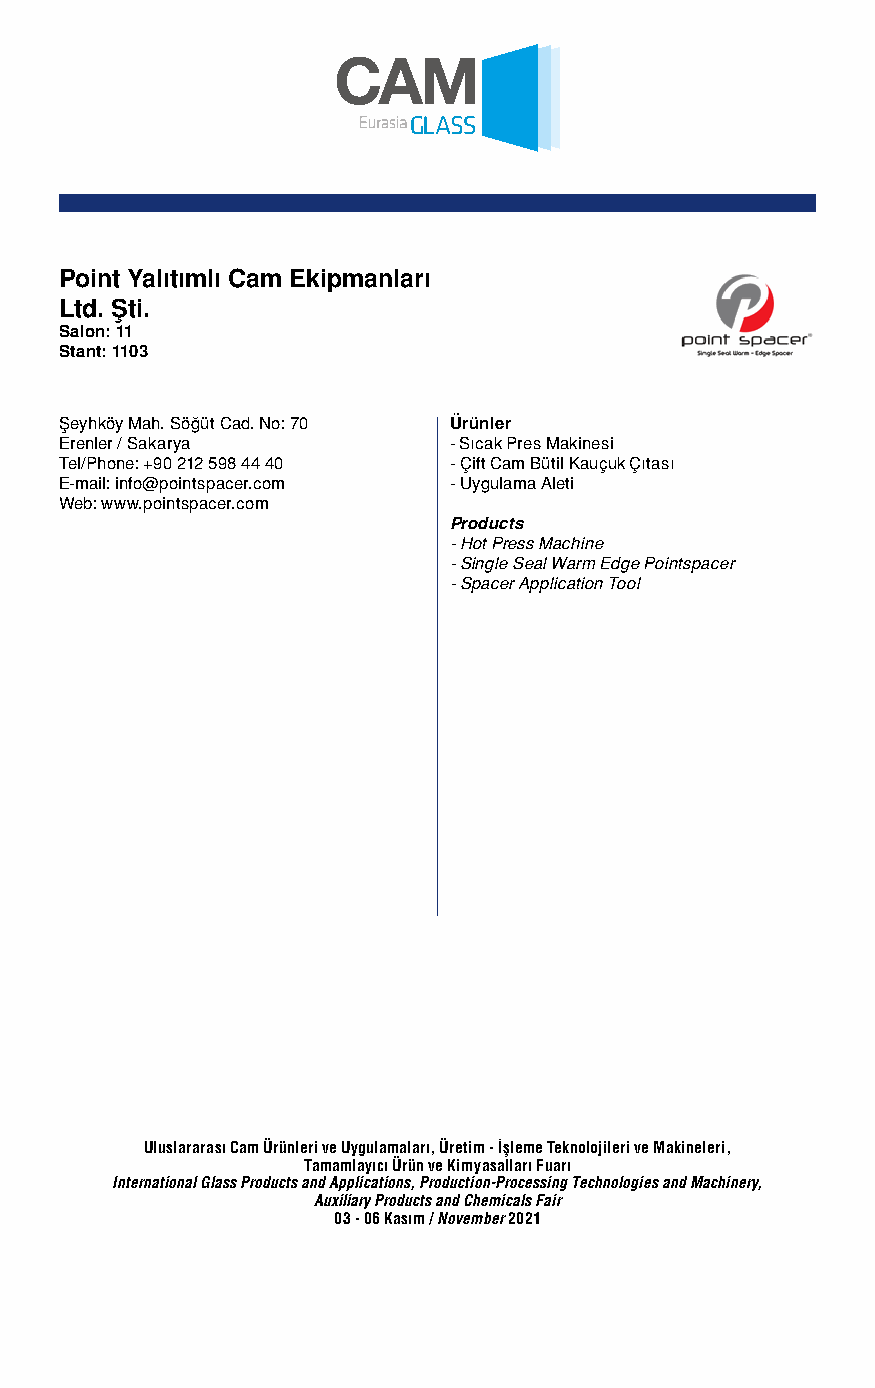
Point Yalıtımlı Cam Ekipmanları
 Ltd. Şti.
 Salon: 11
 Stant: 1103
 Şeyhköy Mah. Söğüt Cad. No: 70 Ürünler
 Erenler / Sakarya         - Sıcak Pres Makinesi
 Tel/Phone: +90 212 598 44 40 - Çift Cam Bütil Kauçuk Çıtası
 E-mail: info@pointspacer.com - Uygulama Aleti
 Web: www.pointspacer.com
 Products
 - Hot Press Machine
 - Single Seal Warm Edge Pointspacer
 - Spacer Application Tool
 Uluslararası Cam Ürünleri ve Uygulamaları, Üretim - İşleme Teknolojileri ve Makineleri,
 Tamamlayıcı Ürün ve Kimyasalları Fuarı
 International Glass Products and Applications, Production-Processing Technologies and Machinery,
 Auxiliary Products and Chemicals Fair
 03 - 06 Kasım / November 2021